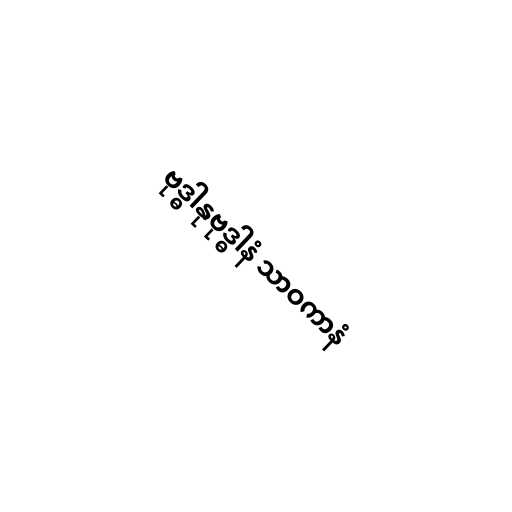
ဗုဒ္ဓါနုဗုဒ္ဓါနံ သာဝကာနံ